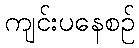
ကျင်းပနေစဉ်